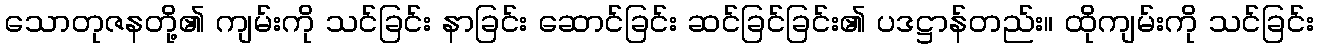
သောတုဇနတို့၏ ကျမ်းကို သင်ခြင်း နာခြင်း ဆောင်ခြင်း ဆင်ခြင်ခြင်း၏ ပဒဋ္ဌာန်တည်း။ ထိုကျမ်းကို သင်ခြင်း